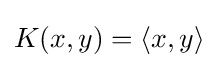
K(x,y)=\langle x,y\rangle